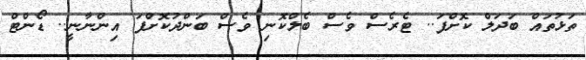
ތަޅުތައް ބަދަލް ކޮށްފަ.. ޓެރެސް ވެސް ބެލްކޮނި ވެސް ބަންދުކޮށްފަ އިންނާނީ.. ޑޯންޓް